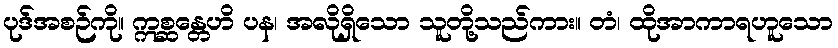
ပုဒ်အစဉ်ကို။ ဣစ္ဆန္တေဟိ ပန၊ အလိုရှိသော သူတို့သည်ကား။ တံ၊ ထိုအာကာရဟူသော